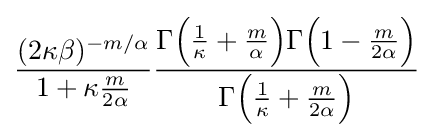
{\frac {(2\kappa \beta )^{-m/\alpha }}{1+\kappa {\frac {m}{2\alpha }}}}{\frac {\Gamma {\Big (}{\frac {1}{\kappa }}+{\frac {m}{\alpha }}{\Big )}\Gamma {\Big (}1-{\frac {m}{2\alpha }}{\Big )}}{\Gamma {\Big (}{\frac {1}{\kappa }}+{\frac {m}{2\alpha }}{\Big )}}}